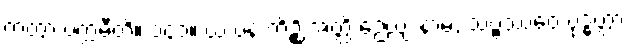
ကတွာ ပက္ကမီတိ။ ၁၄၁။ ယံ ပန ကိဉ္စိ အတ္ထိ ဉေယျံ နာမ, သဗ္ဗဿေဝ ဗုဒ္ဓတ္တာ